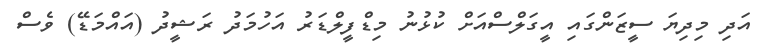
އަދި މިދިޔަ ސީޒަންގައި އީގަލްސްއަށް ކުޅުނު މިޑްފީލްޑަރު އަހުމަދު ރަޝީދު (އައްމަޑޭ) ވެސް